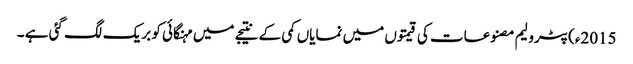
2015ء)پٹرولیم مصنوعات کی قیمتوں میں نمایاں کمی کے نتیجے میں مہنگائی کو بریک لگ گئی ہے ۔